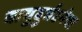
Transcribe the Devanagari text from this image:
वायुदुर्घटनेचा